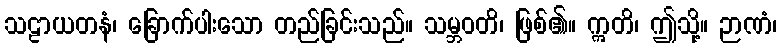
သဠာယတနံ၊ ခြောက်ပါးသော တည်ခြင်းသည်။ သမ္ဘဝတိ၊ ဖြစ်၏။ ဣတိ၊ ဤသို့။ ဉာဏံ၊